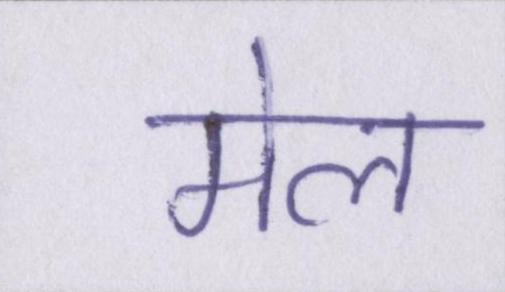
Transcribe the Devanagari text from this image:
मेल